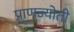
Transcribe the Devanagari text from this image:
प्राणज्योती